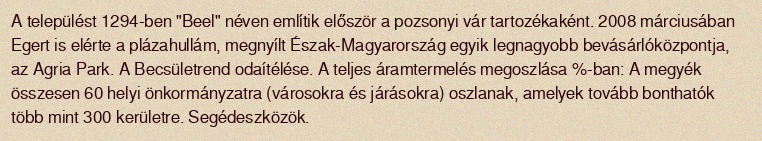
A települést 1294-ben "Beel" néven említik először a pozsonyi vár tartozékaként. 2008 márciusában Egert is elérte a plázahullám, megnyílt Észak-Magyarország egyik legnagyobb bevásárlóközpontja, az Agria Park. A Becsületrend odaítélése. A teljes áramtermelés megoszlása %-ban: A megyék összesen 60 helyi önkormányzatra (városokra és járásokra) oszlanak, amelyek tovább bonthatók több mint 300 kerületre. Segédeszközök.